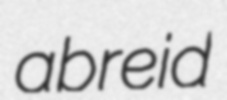
abreid